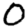
Digit: 0